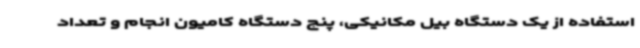
استفاده از یک دستگاه بیل مکانیکی، پنج دستگاه کامیون انجام و تعداد